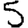
Digit: 5